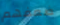
ضعفهم